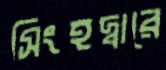
সিংহদ্বারে